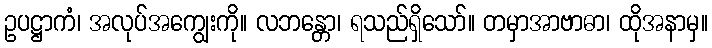
ဥပဋ္ဌာကံ၊ အလုပ်အကျွေးကို။ လဘန္တော၊ ရသည်ရှိသော်။ တမှာအာဗာဓာ၊ ထိုအနာမှ။